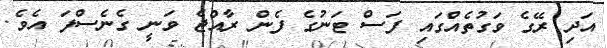
އަދި ރޭގެ ވަގުތެއްގައި ފަސް ޓަނުގެ ފެން ރާއްޖެ ވަނީ ގެނެސްފަ އެވެ.